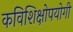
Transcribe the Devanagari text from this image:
कविशिक्षोपयोगी